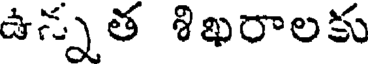
ఉన్నత శిఖరాలకు